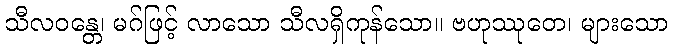
သီလဝန္တေ၊ မဂ်ဖြင့် လာသော သီလရှိကုန်သော။ ဗဟုဿုတေ၊ များသော